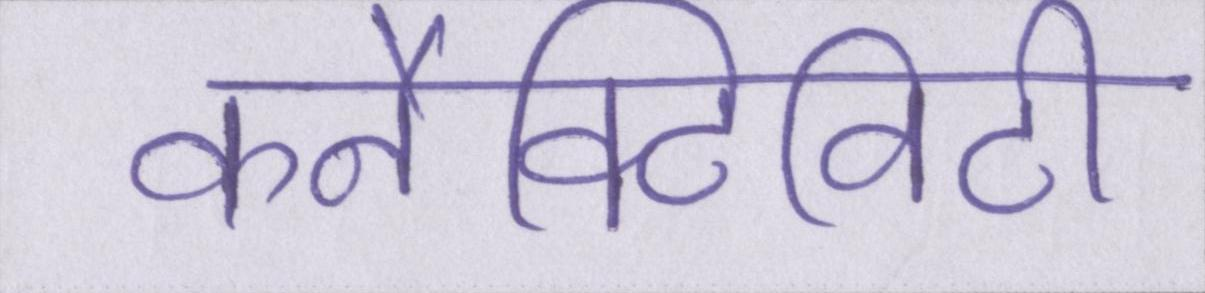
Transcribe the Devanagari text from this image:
कनैक्टिविटी